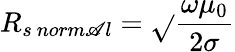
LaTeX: R_{s\ norm\mathscr{A}l}={\sqrt{}{{\frac{{\omega\mu_{0}}}{{2\sigma}}}}}